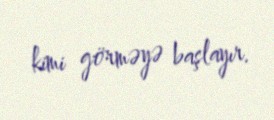
kimi görməyə başlayır.